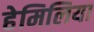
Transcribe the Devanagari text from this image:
हेमिलिया